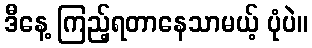
ဒီနေ့ ကြည့်ရတာနေသာမယ့် ပုံပဲ။